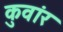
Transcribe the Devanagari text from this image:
कुवांर